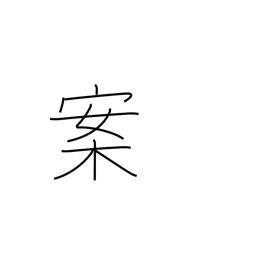
Meaning: proposition